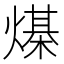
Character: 𰟙